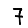
Digit: 7